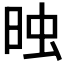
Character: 𣆣